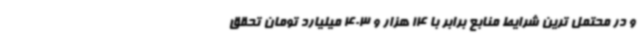
و در محتمل ترین شرایط منابع برابر با 14 هزار و 403 میلیارد تومان تحقق